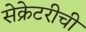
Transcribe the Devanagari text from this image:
सेक्रेटरीची